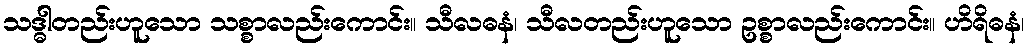
သဒ္ဓါတည်းဟူသော သစ္စာလည်းကောင်း။ သီလဓနံ၊ သီလတည်းဟူသော ဥစ္စာလည်းကောင်း။ ဟိရိဓနံ၊